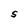
Character: S